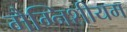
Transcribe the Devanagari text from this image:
मैग्निशीयम